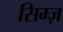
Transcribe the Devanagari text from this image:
सिम्ज़